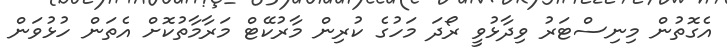
އެގޮތުން މިނިސްޓަރު ވިދާޅުވީ ރޯދަ މަހުގެ ކުރިން މާރުކޭޓް މަރާމާތުކޮށް އެތަން ހުޅުވަން